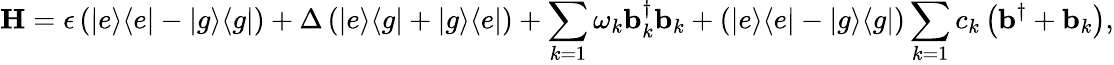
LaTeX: \mathbf{H}=\epsilon\left(|e\rangle\langle e|-|g\rangle\langle g|\right)+\Delta\left(|e\rangle\langle g|+|g\rangle\langle e|\right)+\sum_{k=1}\omega_{k}\mathbf{b}_{k}^{\dagger}\mathbf{b}_{k}+\left(|e\rangle\langle e|-|g\rangle\langle g|\right)\sum_{k=1}c_{k}\left(\mathbf{b}^{\dagger}+\mathbf{b}_{k}\right),